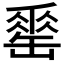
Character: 𦉈